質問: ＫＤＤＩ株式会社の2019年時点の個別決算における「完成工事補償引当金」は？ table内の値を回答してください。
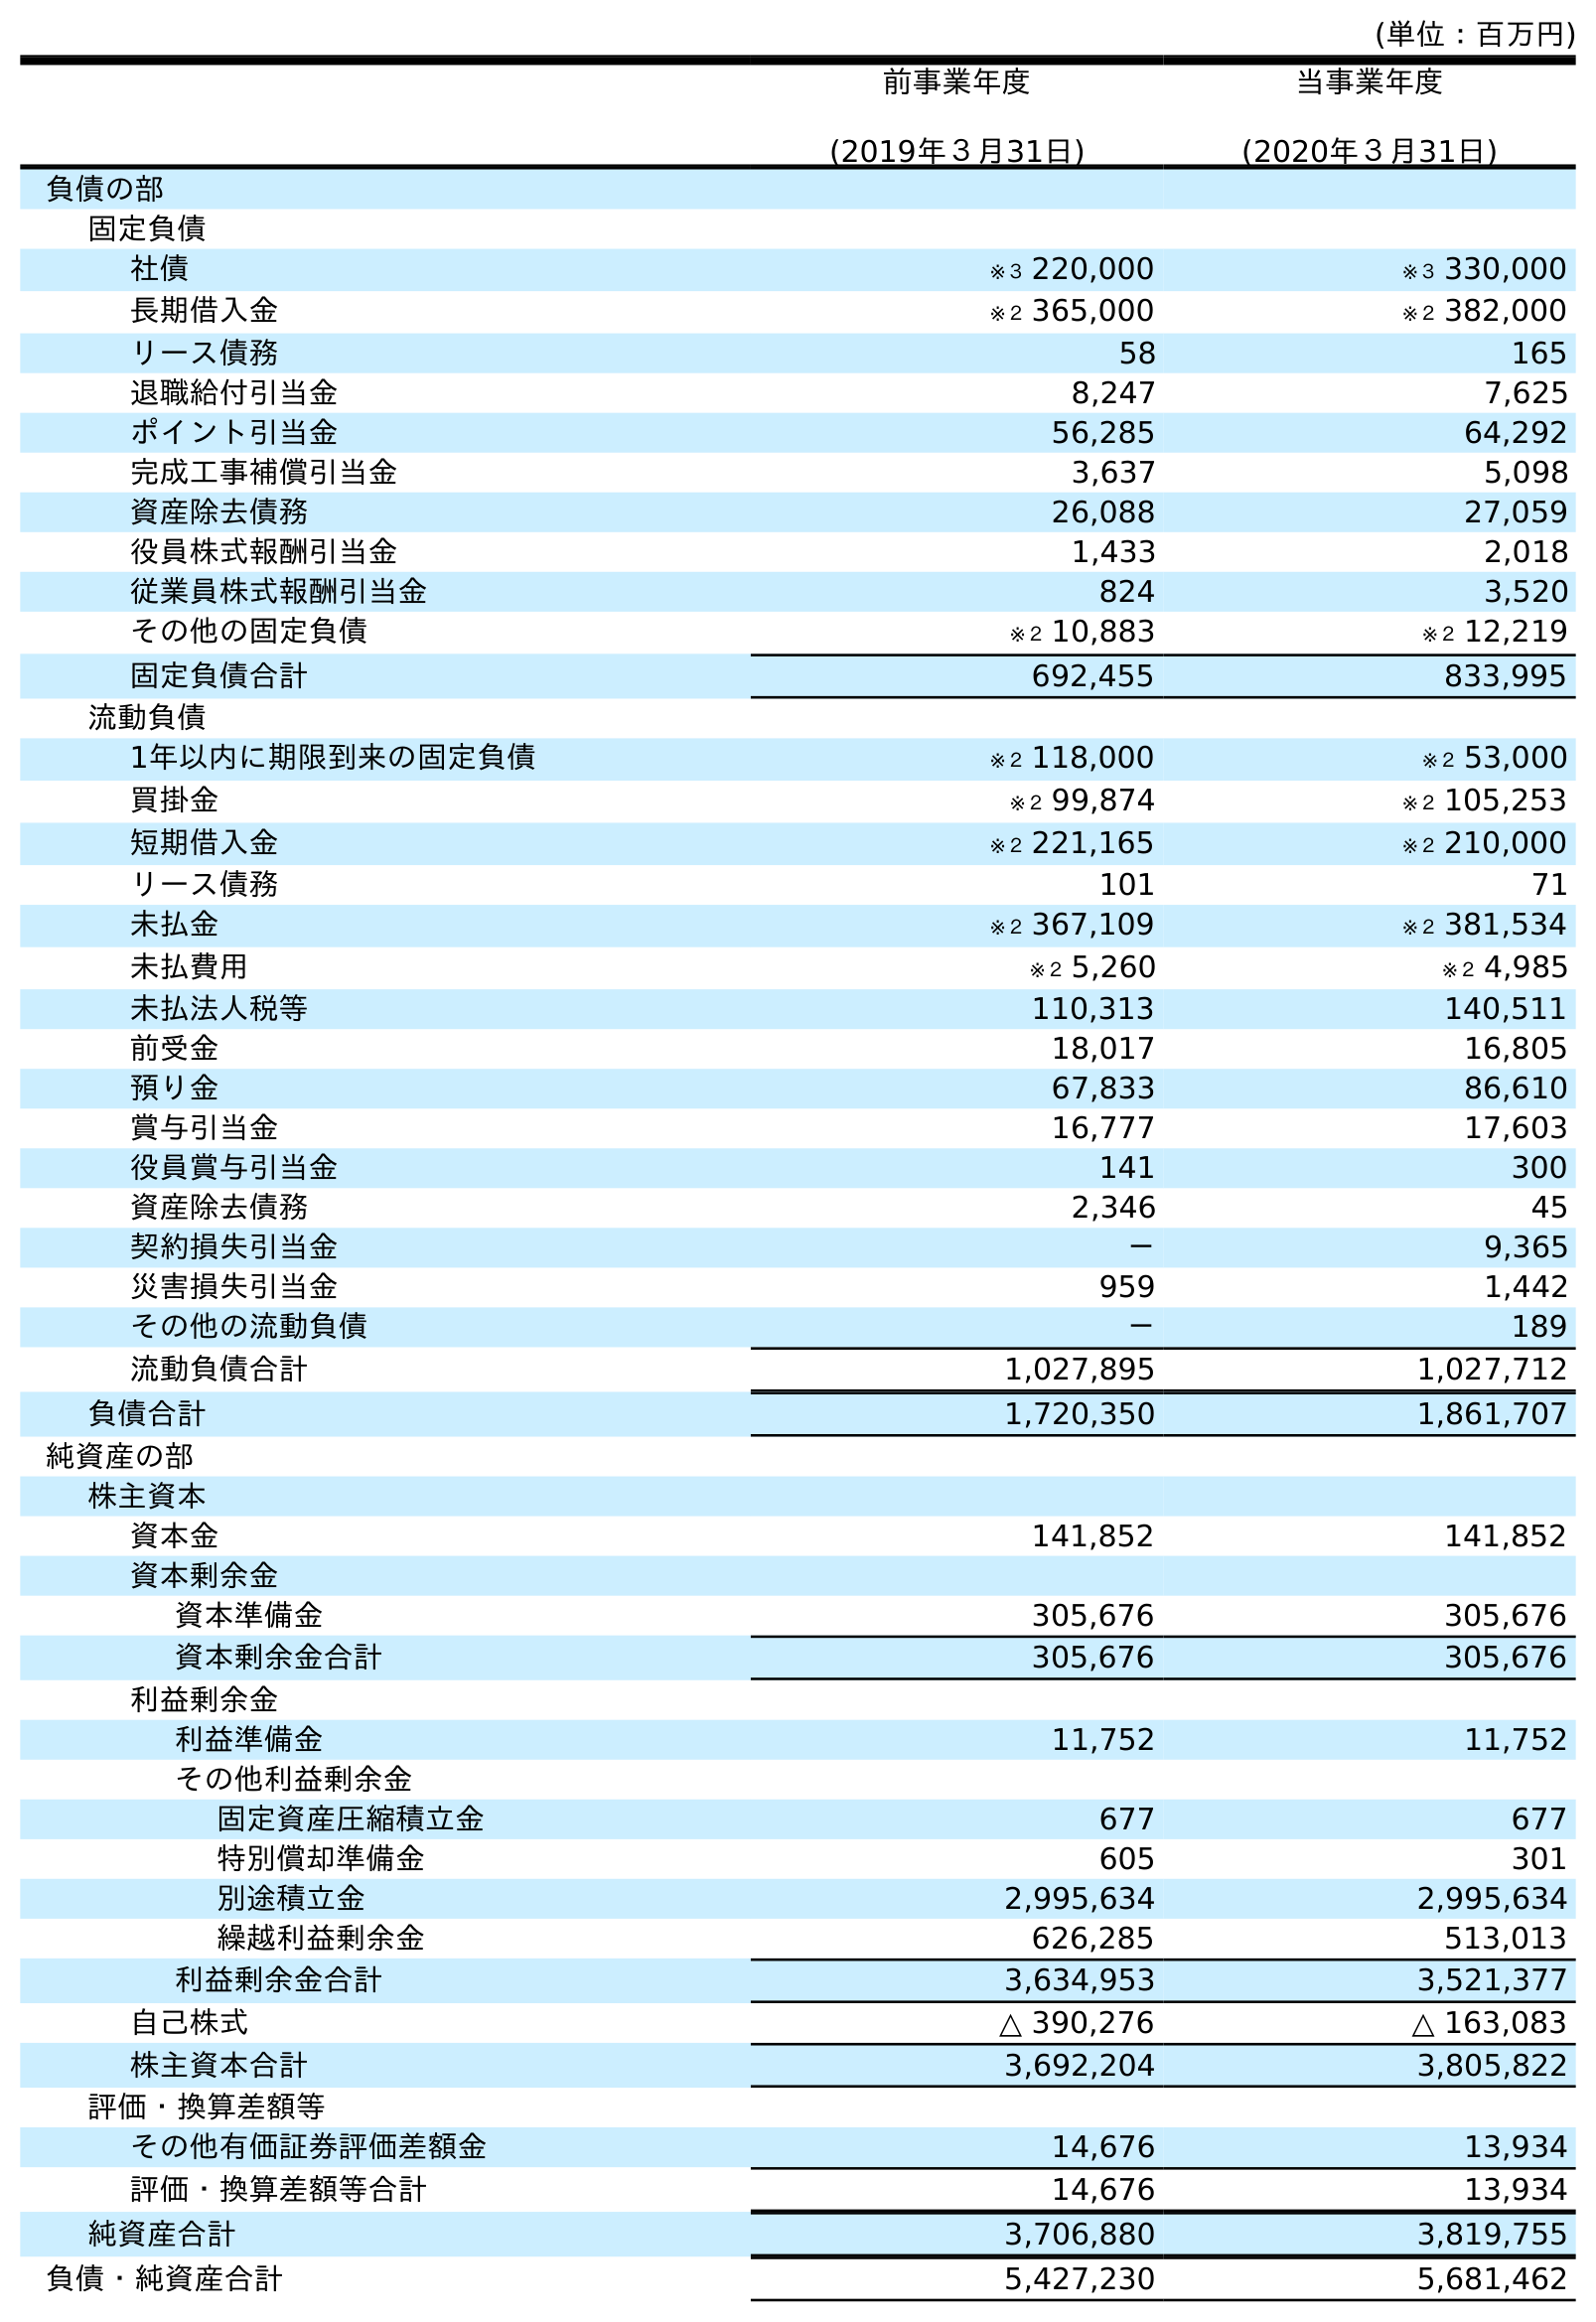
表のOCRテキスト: (単位：百万円) 前事業年度 (2019年３月31日) 当事業年度 (2020年３月31日) 負債の部 固定負債 社債 ※３ 220,000 ※３ 330,000 長期借入金 ※２ 365,000 ※２ 382,000 リース債務 58 165 退職給付引当金 8,247 7,625 ポイント引当金 56,285 64,292 完成工事補償引当金 3,637 5,098 資産除去債務 26,088 27,059 役員株式報酬引当金 1,433 2,018 従業員株式報酬引当金 824 3,520 その他の固定負債 ※２ 10,883 ※２ 12,219 固定負債合計 692,455 833,995 流動負債 1年以内に期限到来の固定負債 ※２ 118,000 ※２ 53,000 買掛金 ※２ 99,874 ※２ 105,253 短期借入金 ※２ 221,165 ※２ 210,000 リース債務 101 71 未払金 ※２ 367,109 ※２ 381,534 未払費用 ※２ 5,260 ※２ 4,985 未払法人税等 110,313 140,511 前受金 18,017 16,805 預り金 67,833 86,610 賞与引当金 16,777 17,603 役員賞与引当金 141 300 資産除去債務 2,346 45 契約損失引当金 － 9,365 災害損失引当金 959 1,442 その他の流動負債 － 189 流動負債合計 1,027,895 1,027,712 負債合計 1,720,350 1,861,707 純資産の部 株主資本 資本金 141,852 141,852 資本剰余金 資本準備金 305,676 305,676 資本剰余金合計 305,676 305,676 利益剰余金 利益準備金 11,752 11,752 その他利益剰余金 固定資産圧縮積立金 677 677 特別償却準備金 605 301 別途積立金 2,995,634 2,995,634 繰越利益剰余金 626,285 513,013 利益剰余金合計 3,634,953 3,521,377 自己株式 △ 390,276 △ 163,083 株主資本合計 3,692,204 3,805,822 評価・換算差額等 その他有価証券評価差額金 14,676 13,934 評価・換算差額等合計 14,676 13,934 純資産合計 3,706,880 3,819,755 負債・純資産合計 5,427,230 5,681,462
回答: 3,637